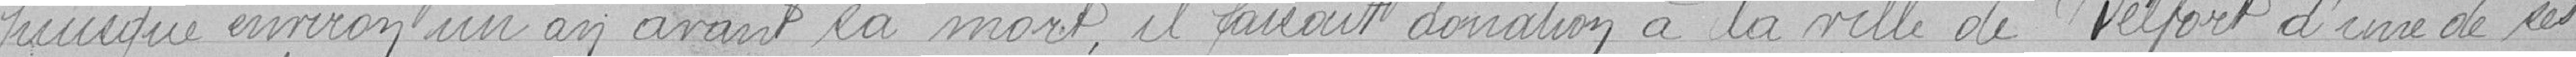
puisque environ un an avant sa mort, il faisait donation à la ville de Belfort d'une de ses